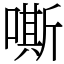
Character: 嘶